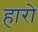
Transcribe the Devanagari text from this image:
हारो